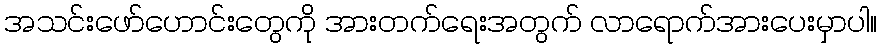
အသင်းဖော်ဟောင်းတွေကို အားတက်ရေးအတွက် လာရောက်အားပေးမှာပါ။